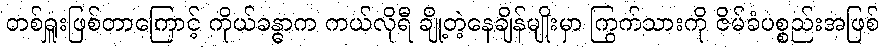
တစ်ရှူးဖြစ်တာကြောင့် ကိုယ်ခန္ဓာက ကယ်လိုရီ ချို့တဲ့နေချိန်မျိုးမှာ ကြွက်သားကို ဇိမ်ခံပစ္စည်းအဖြစ်